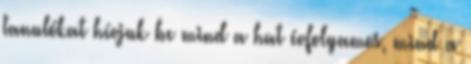
tanulókat hívjuk be mind a hat évfolyamos, mind a